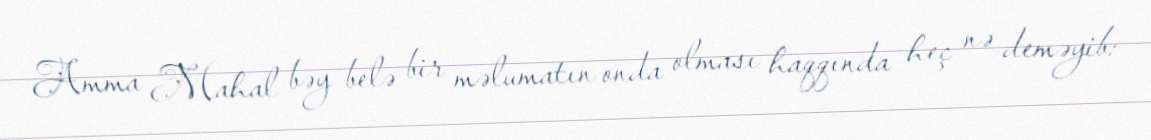
Amma Mahal bəy belə bir məlumatın onda olması haqqında heç nə deməyib: